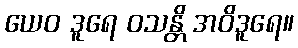
ယေဝ ဒူရေ ဝသန္တိ အဝိဒူရေ။